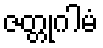
ဇတ္တုဂါမံ